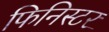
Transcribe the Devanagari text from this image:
फिनिस्टर